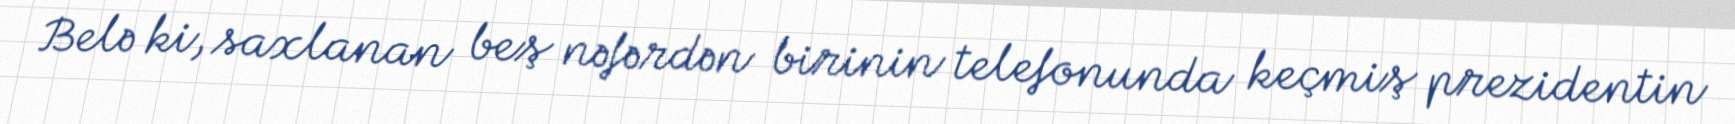
Belə ki, saxlanan beş nəfərdən birinin telefonunda keçmiş prezidentin